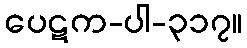
ပေဋက-ပါ-၃၁၇။